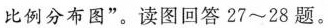
比例分布图”。读图回答27~28题。